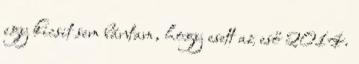
egy kicsit sem bántam, hogy esett az eső 2014.